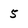
Character: 5